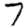
Digit: 7